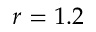
r = 1 . 2